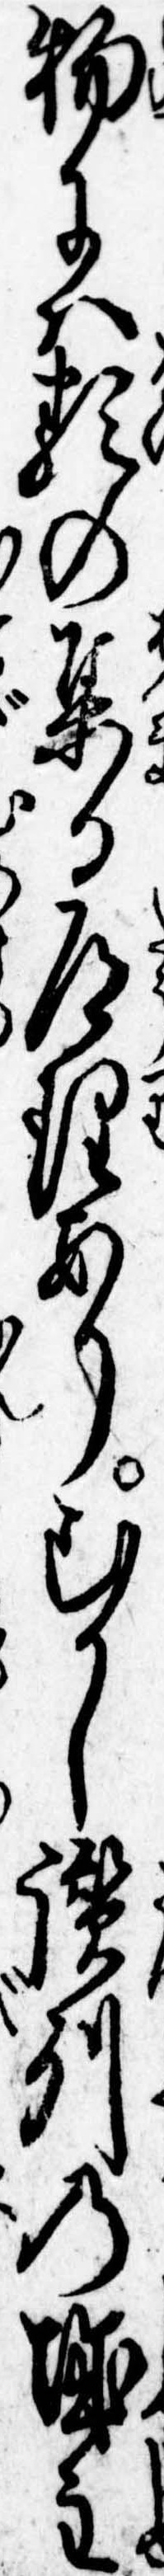
物には類の集る道理ありむかし讃州の城主